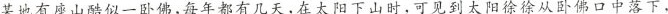
某地有座山酷似一卧佛，每年都有几天，在太阳下山时，可见到太阳徐徐从卧佛口中落下，